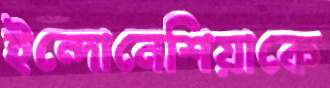
ইন্দোনেশিয়াকে